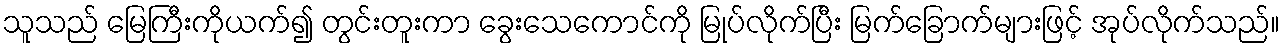
သူသည် မြေကြီးကိုယက်၍ တွင်းတူးကာ ခွေးသေကောင်ကို မြုပ်လိုက်ပြီး မြက်ခြောက်များဖြင့် အုပ်လိုက်သည်။